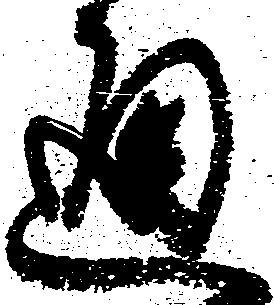
通